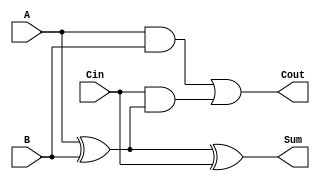
module LowPowerFullAdder (
    input wire A,     // First input bit
    input wire B,     // Second input bit
    input wire Cin,   // Carry input bit
    output wire Sum,  // Resultant sum bit
    output wire Cout  // Carry output bit
);

// Intermediate signals
wire AxorB; // A XOR B
wire AB;    // A AND B
wire CinAndAxorB; // Cin AND (A XOR B)

// Logic calculations
assign AxorB = A ^ B;             // A XOR B
assign AB = A & B;                 // A AND B
assign CinAndAxorB = Cin & AxorB; // Cin AND (A XOR B)

assign Sum = AxorB ^ Cin;         // Final Sum: (A XOR B) XOR Cin
assign Cout = AB | CinAndAxorB;   // Final Carry Out: (A AND B) OR (Cin AND (A XOR B))

endmodule